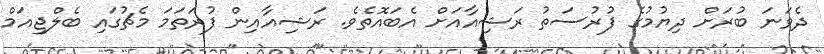
ދެވަނަ ބުރަށް ދިޔުމުގެ ފުރުސަތު ރަޝިއާއަށް އެބައޮތެވެ. ރަޝިއާއިން ފުރަތަމަ މެޗުގައި ބެލްޖިއަމް